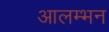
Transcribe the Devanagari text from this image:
आलम्भन